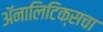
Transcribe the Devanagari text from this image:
ॲनालिटिक्सचा